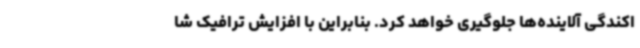
اکندگی آلاینده‌ها جلوگیری خواهد کرد. بنابراین با افزایش ترافیک شا